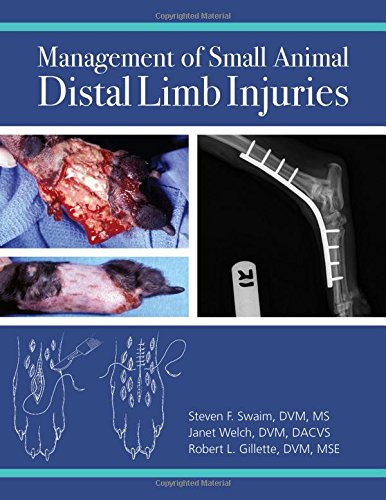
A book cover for Management of Small Animal Distal Limb Injuries; Steven F. Swaim; Medical Books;